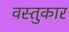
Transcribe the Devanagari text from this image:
वस्तुकार